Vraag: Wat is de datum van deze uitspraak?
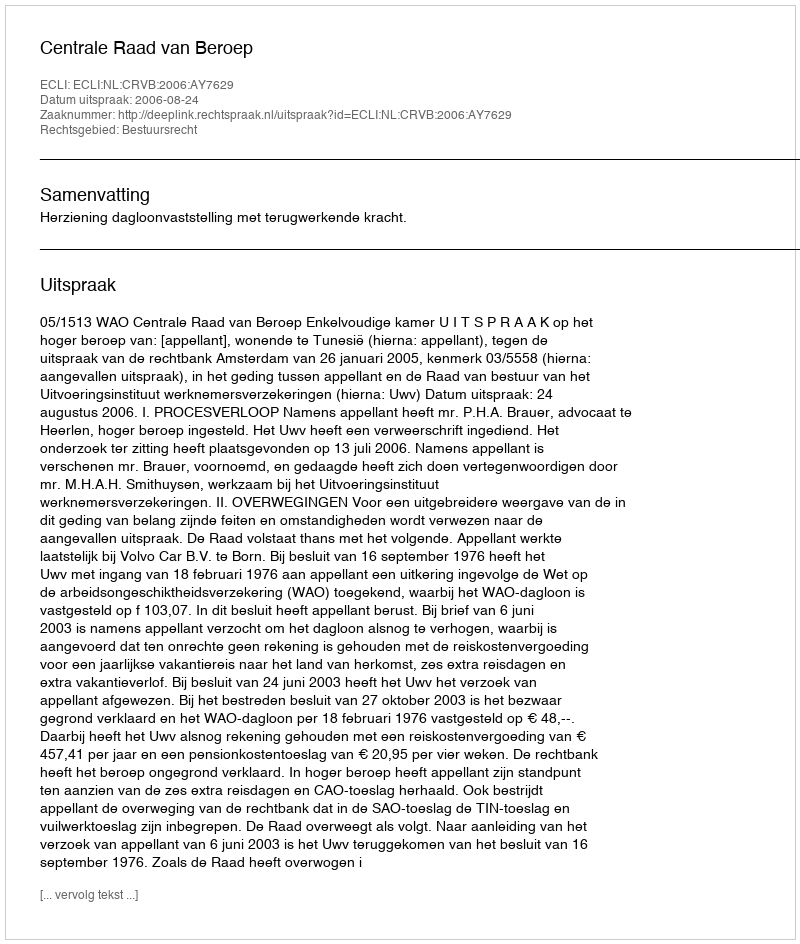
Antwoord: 2006-08-24